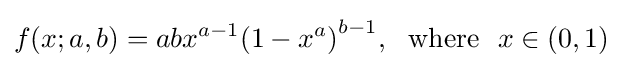
f(x;a,b)=abx^{a-1}{(1-x^{a})}^{b-1},\ \ {\mbox{where}}\ \ x\in (0,1)